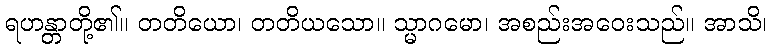
ရဟန္တာတို့၏။ တတိယော၊ တတိယသော။ သ္မာဂမော၊ အစည်းအဝေးသည်။ အာသိ၊